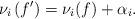
LaTeX: \begin{align*}\nu_i\left(f'\right)=\nu_i(f)+\alpha_i.\end{align*}